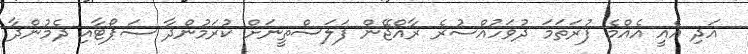
އަދި އެއީ އެއްމެ ފުރަތަމަ ދުވަހުއްސުރެ ރާއްޖޭން ފަލަސްތީނަށް ކުރަމުންދާ ސަޕޯޓާއި ދެމުންދާ